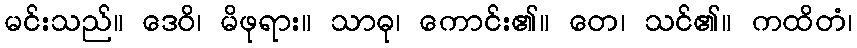
မင်းသည်။ ဒေဝိ၊ မိဖုရား။ သာဓု၊ ကောင်း၏။ တေ၊ သင်၏။ ကထိတံ၊